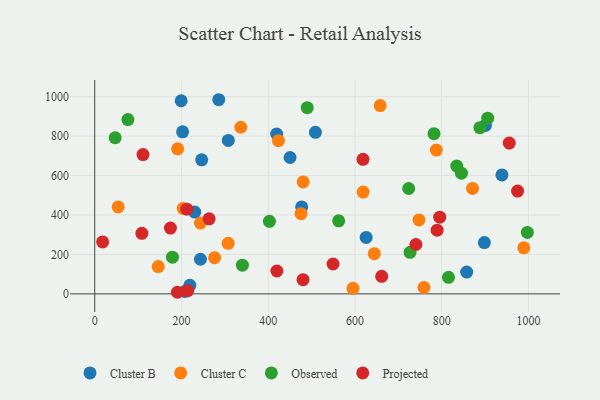
{"axis": {"x": "Investment", "y": "Salary"}, "legend": ["Cluster B", "Cluster C", "Observed", "Projected"], "data": [{"x": "900.9", "y": 854.3, "type": "Cluster B"}, {"x": "625.9", "y": 286.2, "type": "Cluster B"}, {"x": "286.0", "y": 984.9, "type": "Cluster B"}, {"x": "219.3", "y": 43.4, "type": "Cluster B"}, {"x": "477.2", "y": 441.2, "type": "Cluster B"}, {"x": "230.6", "y": 414.9, "type": "Cluster B"}, {"x": "419.5", "y": 811.1, "type": "Cluster B"}, {"x": "938.9", "y": 603.2, "type": "Cluster B"}, {"x": "207.6", "y": 11.9, "type": "Cluster B"}, {"x": "857.7", "y": 110.5, "type": "Cluster B"}, {"x": "202.6", "y": 822.2, "type": "Cluster B"}, {"x": "508.8", "y": 819.7, "type": "Cluster B"}, {"x": "246.6", "y": 680.0, "type": "Cluster B"}, {"x": "243.8", "y": 175.5, "type": "Cluster B"}, {"x": "450.4", "y": 691.9, "type": "Cluster B"}, {"x": "898.4", "y": 259.9, "type": "Cluster B"}, {"x": "308.0", "y": 778.2, "type": "Cluster B"}, {"x": "199.3", "y": 979.7, "type": "Cluster B"}, {"x": "276.4", "y": 183.3, "type": "Cluster C"}, {"x": "423.6", "y": 777.3, "type": "Cluster C"}, {"x": "54.0", "y": 440.8, "type": "Cluster C"}, {"x": "644.6", "y": 203.8, "type": "Cluster C"}, {"x": "336.8", "y": 845.3, "type": "Cluster C"}, {"x": "595.5", "y": 28.0, "type": "Cluster C"}, {"x": "307.6", "y": 256.2, "type": "Cluster C"}, {"x": "618.9", "y": 516.3, "type": "Cluster C"}, {"x": "989.3", "y": 233.3, "type": "Cluster C"}, {"x": "747.7", "y": 375.1, "type": "Cluster C"}, {"x": "191.2", "y": 735.9, "type": "Cluster C"}, {"x": "658.1", "y": 955.3, "type": "Cluster C"}, {"x": "871.2", "y": 534.9, "type": "Cluster C"}, {"x": "475.7", "y": 406.9, "type": "Cluster C"}, {"x": "787.7", "y": 729.2, "type": "Cluster C"}, {"x": "759.1", "y": 32.1, "type": "Cluster C"}, {"x": "204.1", "y": 433.6, "type": "Cluster C"}, {"x": "146.4", "y": 138.6, "type": "Cluster C"}, {"x": "480.6", "y": 567.9, "type": "Cluster C"}, {"x": "243.7", "y": 359.1, "type": "Cluster C"}, {"x": "815.7", "y": 83.6, "type": "Observed"}, {"x": "490.0", "y": 944.7, "type": "Observed"}, {"x": "888.2", "y": 843.3, "type": "Observed"}, {"x": "47.2", "y": 792.0, "type": "Observed"}, {"x": "906.1", "y": 891.5, "type": "Observed"}, {"x": "179.2", "y": 186.3, "type": "Observed"}, {"x": "727.1", "y": 210.9, "type": "Observed"}, {"x": "997.6", "y": 311.8, "type": "Observed"}, {"x": "845.6", "y": 612.2, "type": "Observed"}, {"x": "562.5", "y": 370.4, "type": "Observed"}, {"x": "834.8", "y": 648.1, "type": "Observed"}, {"x": "723.9", "y": 534.4, "type": "Observed"}, {"x": "402.8", "y": 367.8, "type": "Observed"}, {"x": "340.5", "y": 145.4, "type": "Observed"}, {"x": "782.3", "y": 812.7, "type": "Observed"}, {"x": "76.5", "y": 884.0, "type": "Observed"}, {"x": "263.8", "y": 380.4, "type": "Projected"}, {"x": "111.3", "y": 706.6, "type": "Projected"}, {"x": "661.7", "y": 89.0, "type": "Projected"}, {"x": "795.5", "y": 388.8, "type": "Projected"}, {"x": "108.7", "y": 307.0, "type": "Projected"}, {"x": "190.6", "y": 8.0, "type": "Projected"}, {"x": "480.3", "y": 72.1, "type": "Projected"}, {"x": "955.8", "y": 764.8, "type": "Projected"}, {"x": "174.6", "y": 333.8, "type": "Projected"}, {"x": "18.2", "y": 263.5, "type": "Projected"}, {"x": "212.5", "y": 429.7, "type": "Projected"}, {"x": "214.3", "y": 16.3, "type": "Projected"}, {"x": "549.5", "y": 151.4, "type": "Projected"}, {"x": "618.6", "y": 682.3, "type": "Projected"}, {"x": "789.5", "y": 323.0, "type": "Projected"}, {"x": "420.0", "y": 115.9, "type": "Projected"}, {"x": "740.6", "y": 250.5, "type": "Projected"}, {"x": "975.0", "y": 521.5, "type": "Projected"}]}